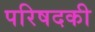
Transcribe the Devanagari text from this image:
परिषदकी